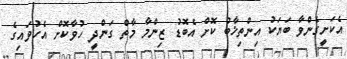
އެކަށީގެންވާ ބަޔަކު އިންތިޚާބު ކޮށް އެބޮޑު ޒިންމާ މާތް ގަންދީ ހުވާކޮށް އެހުވައިގެ